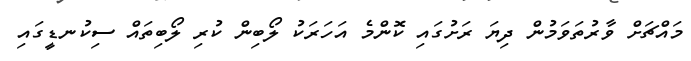
މައްޗަށް ވާރުތަވަމުން ދިޔަ ރަށުގައި ކޮންމެ އަހަރަކު ލޯބިން ކުރި ލޯބިތައް ސިކުނޑީގައި